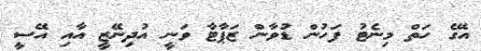
އޭގެ ހަތް މިނެޓު ފަހުން ޑުވާން ޒަޕާޓާ ވަނީ އުދިނޭޒީ އާއި އޭސީ